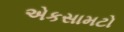
એકસામટો